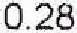
0.28